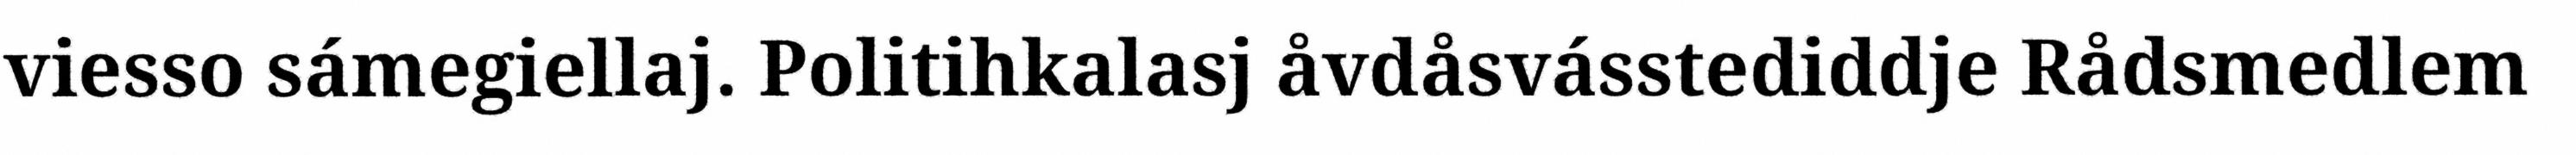
viesso sámegiellaj. Politihkalasj åvdåsvásstediddje Rådsmedlem